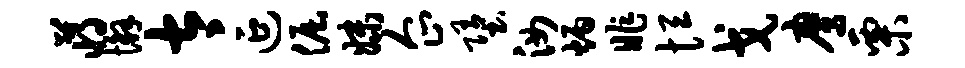
蒋懈太延倔妹企堕汝炳昨恒戈鹰栗